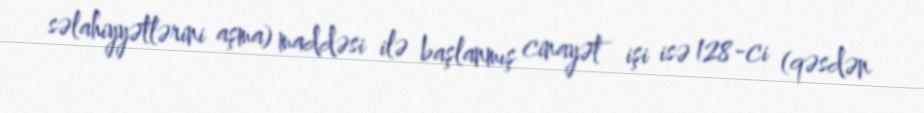
səlahiyyətlərini aşma) maddəsi ilə başlanmış cinayət işi isə 128-ci (qəsdən